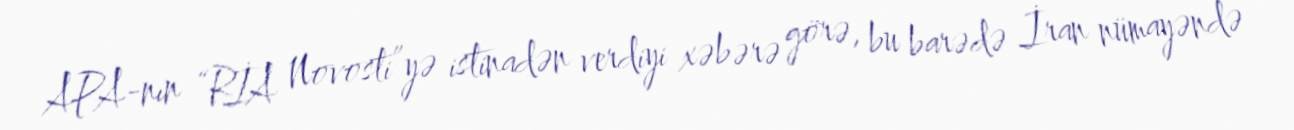
APA-nın “RİA Novosti”yə istinadən verdiyi xəbərə görə, bu barədə İran nümayəndə